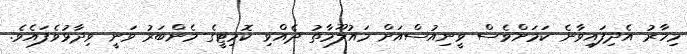
މިހާރު އެދިފައިވާނެ ކަމަށްވެސް ވީނިއުސްއަށް މައުލޫމާތު ދެއްވި ކޮމިޓީގެ މެންބަރު ވަނީ ވިދާޅުވެފައެވެ.